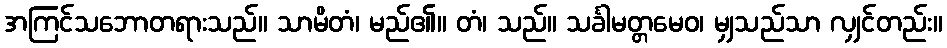
အကြင်သဘောတရားသည်။ သာမိတံ၊ မည်၏။ တံ၊ သည်။ သင်္ခါမတ္တမေဝ၊ မျှသည်သာ လျှင်တည်း။